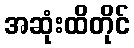
အဆုံးထိတိုင်